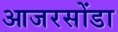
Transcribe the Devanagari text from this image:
आजरसोंडा